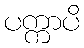
ပက္ကာပိ